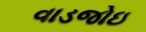
વાડજોઇ